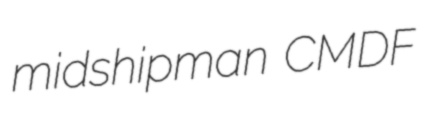
midshipman CMDF